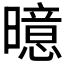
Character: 𪱍